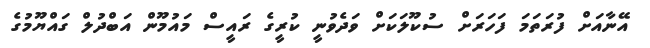
އޭނާއަށް ފުރަތަމަ ފަހަރަށް ސުކޫލަކަށް ވަދެވުނީ ކުރީގެ ރައީސް މައުމޫން އަބްދުލް ގައްޔޫމުގެ